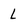
Character: l